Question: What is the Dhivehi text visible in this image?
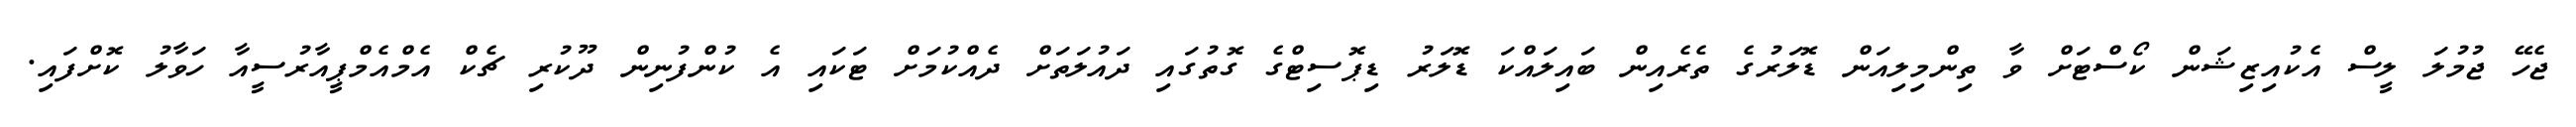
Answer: ޖެހޭ ޖުމުލަ ލީސް އެކުއިޒިޝަން ކޯސްޓަށް ވާ ތިންމިލިއަން ޑޮލަރުގެ ތެރެއިން ބައިލައްކަ ޑޮލަރު ޑިޕޮސިޓްގެ ގޮތުގައި ދައުލަތަށް ދެއްކުމަށް ޓަކައި އެ ކުންފުނިން ދޫކުރި ޗެކް އެމްއެމްޕީއާރުސީއާ ހަވާލު ކޮށްފައި.